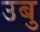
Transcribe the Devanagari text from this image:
उबु